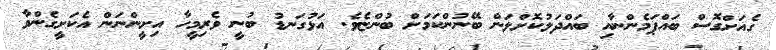
ގެއަށްގޮސް ބައްޕަމެންނާއި ބައްދަލުކޮށްލަން ބޭނުންކަމަށް ބުންޏެވެ. އަޅުގަނޑު ބުނީ ވެރިމީހާ އިށީންނަން އެކަށީގެންވާ